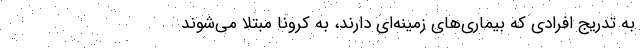
به تدریج افرادی که بیماری‌های زمینه‌ای دارند، به کرونا مبتلا می‌شوند